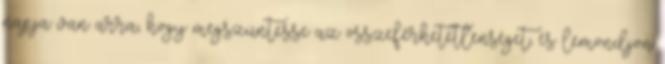
napja van arra, hogy megszüntesse az összeférhetetlenséget, és lemondjon